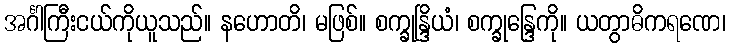
အင်္ဂါကြီးငယ်ကိုယူသည်။ နဟောတိ၊ မဖြစ်။ စက္ခုန္ဒြိယံ၊ စက္ခုန္ဒြေကို။ ယတွာဓိကရဏေ၊